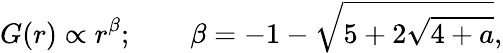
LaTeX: G(r)\propto r^{\beta};\qquad\beta=-1-\sqrt{5+2\sqrt{4+a}},